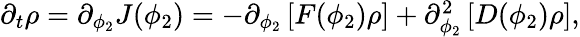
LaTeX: \begin{array}{r}{\partial_{t}\rho=\partial_{\phi_{2}}J(\phi_{2})=-\partial_{\phi_{2}}\left[F(\phi_{2})\rho\right]+\partial_{\phi_{2}}^{2}\left[D(\phi_{2})\rho\right],}\end{array}